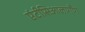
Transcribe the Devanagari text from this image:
एंटीसिआलागौग